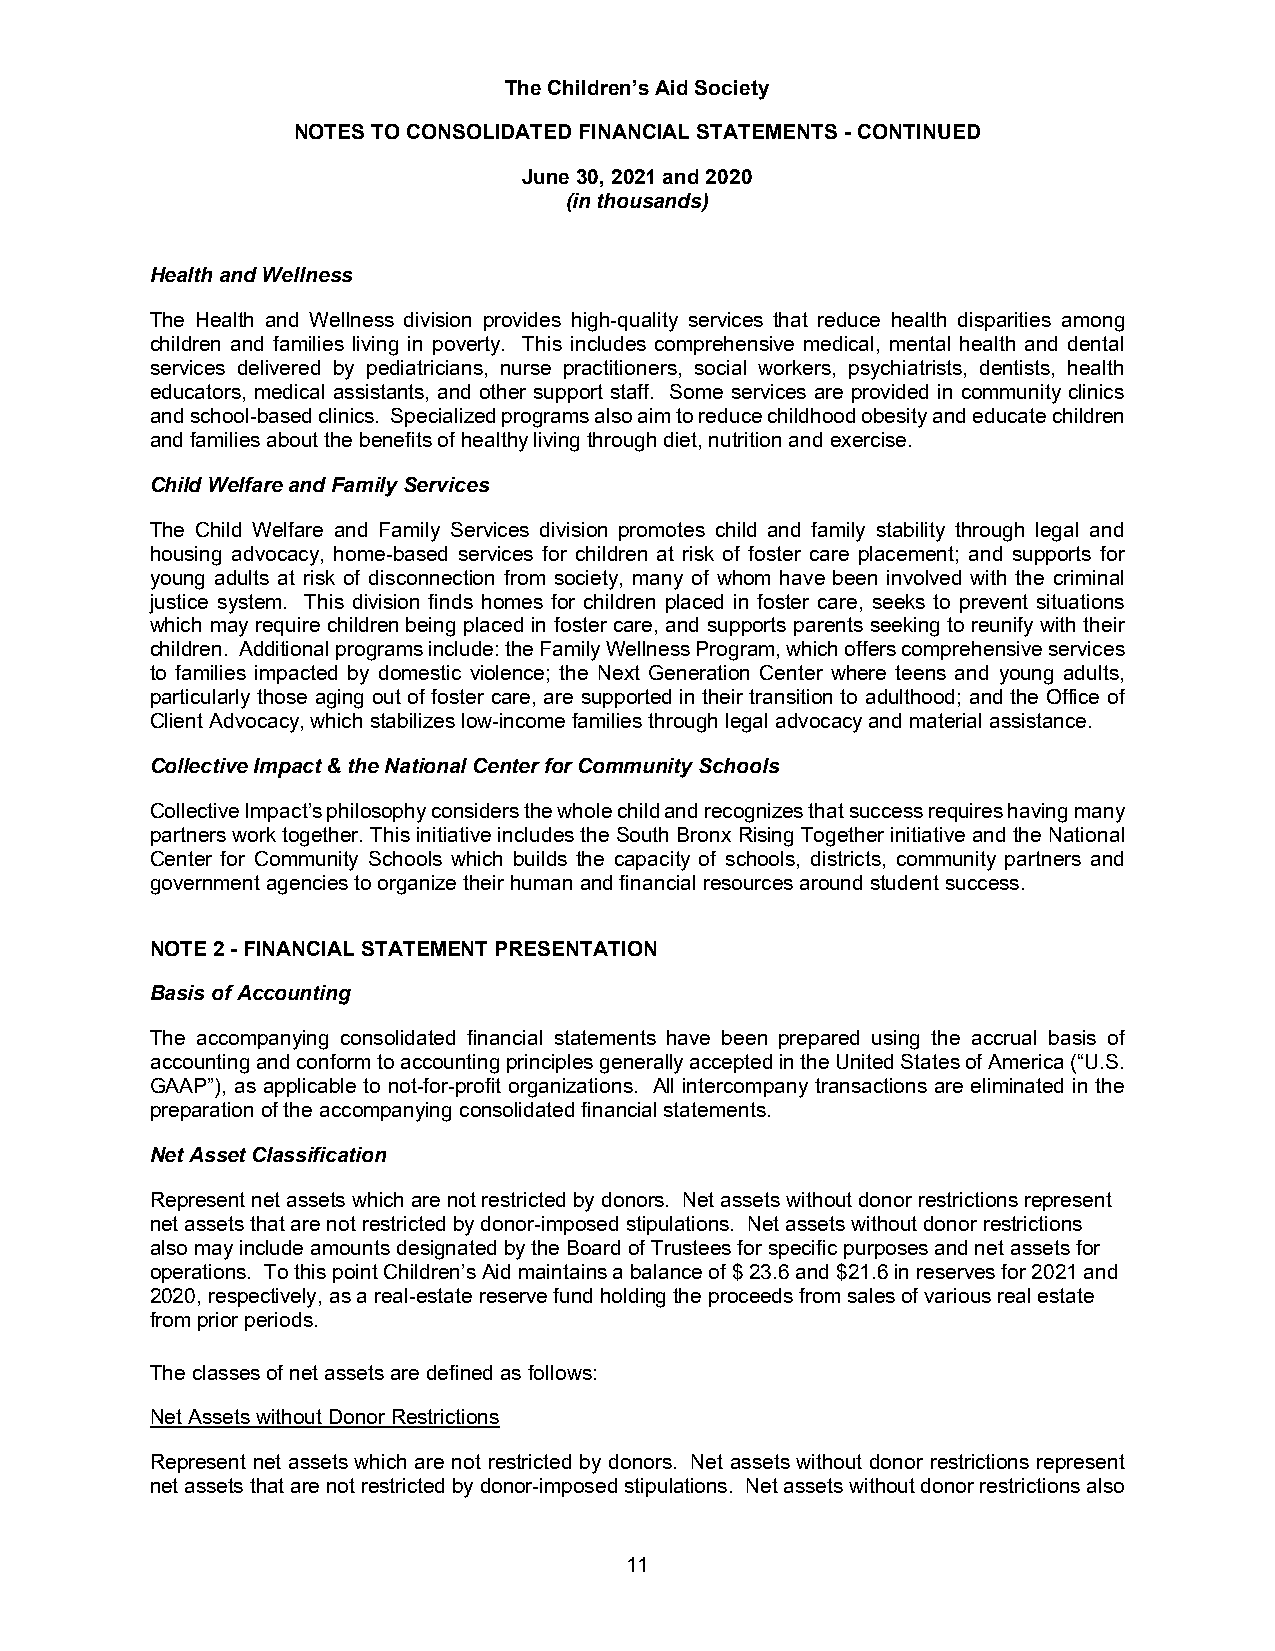
The Children’s Aid Society
 NOTES TO CONSOLIDATED FINANCIAL STATEMENTS - CONTINUED
 June 30, 2021 and 2020
 (in thousands)
 Health and Wellness
 The Health and Wellness division provides high-quality services that reduce health disparities among
 children and families living in poverty. This includes comprehensive medical, mental health and dental
 services delivered by pediatricians, nurse practitioners, social workers, psychiatrists, dentists, health
 educators, medical assistants, and other support staff. Some services are provided in community clinics
 and school-based clinics. Specialized programs also aim to reduce childhood obesity and educate children
 and families about the benefits of healthy living through diet, nutrition and exercise.
 Child Welfare and Family Services
 The Child Welfare and Family Services division promotes child and family stability through legal and
 housing advocacy, home-based services for children at risk of foster care placement; and supports for
 young adults at risk of disconnection from society, many of whom have been involved with the criminal
 justice system. This division finds homes for children placed in foster care, seeks to prevent situations
 which may require children being placed in foster care, and supports parents seeking to reunify with their
 children. Additional programs include: the Family Wellness Program, which offers comprehensive services
 to families impacted by domestic violence; the Next Generation Center where teens and young adults,
 particularly those aging out of foster care, are supported in their transition to adulthood; and the Office of
 Client Advocacy, which stabilizes low-income families through legal advocacy and material assistance.
 Collective Impact & the National Center for Community Schools
 Collective Impact’s philosophy considers the whole child and recognizes that success requires having many
 partners work together. This initiative includes the South Bronx Rising Together initiative and the National
 Center for Community Schools which builds the capacity of schools, districts, community partners and
 government agencies to organize their human and financial resources around student success.
 NOTE 2 - FINANCIAL STATEMENT PRESENTATION
 Basis of Accounting
 The accompanying consolidated financial statements have been prepared using the accrual basis of
 accounting and conform to accounting principles generally accepted in the United States of America (“U.S.
 GAAP”), as applicable to not-for-profit organizations. All intercompany transactions are eliminated in the
 preparation of the accompanying consolidated financial statements.
 Net Asset Classification
 Represent net assets which are not restricted by donors. Net assets without donor restrictions represent
 net assets that are not restricted by donor-imposed stipulations. Net assets without donor restrictions
 also may include amounts designated by the Board of Trustees for specific purposes and net assets for
 operations. To this point Children’s Aid maintains a balance of $ 23.6 and $21.6 in reserves for 2021 and
 2020, respectively, as a real-estate reserve fund holding the proceeds from sales of various real estate
 from prior periods.
 The classes of net assets are defined as follows:
 Net Assets without Donor Restrictions
 Represent net assets which are not restricted by donors. Net assets without donor restrictions represent
 net assets that are not restricted by donor-imposed stipulations. Net assets without donor restrictions also
 11